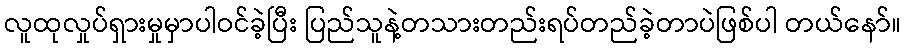
လူထုလှုပ်ရှားမှုမှာပါဝင်ခဲ့ပြီး ပြည်သူနဲ့တသားတည်းရပ်တည်ခဲ့တာပဲဖြစ်ပါ တယ်နော်။